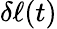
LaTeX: \delta\ell(t)